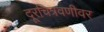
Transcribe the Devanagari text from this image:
दूरचित्रवणीवर